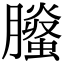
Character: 𦢅